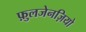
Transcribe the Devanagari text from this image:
फ़ुलजेनज़ियो